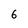
Character: 6